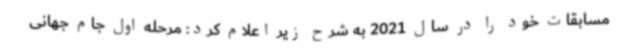
مسابقات خود را در سال 2021 به شرح زیر اعلام کرد: مرحله اول جام جهانی